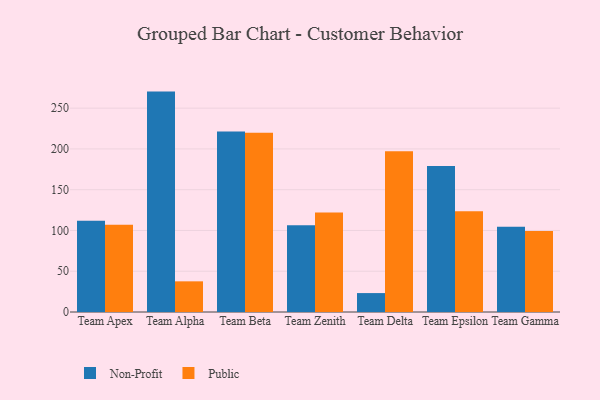
{"axis": {"x": "Team", "y": "Gross Profit (USD K)"}, "legend": ["Non-Profit", "Public"], "data": [{"x": "Team Apex", "y": 112.0, "type": "Non-Profit"}, {"x": "Team Apex", "y": 106.9, "type": "Public"}, {"x": "Team Alpha", "y": 270.3, "type": "Non-Profit"}, {"x": "Team Alpha", "y": 37.6, "type": "Public"}, {"x": "Team Beta", "y": 221.5, "type": "Non-Profit"}, {"x": "Team Beta", "y": 219.9, "type": "Public"}, {"x": "Team Zenith", "y": 106.5, "type": "Non-Profit"}, {"x": "Team Zenith", "y": 121.9, "type": "Public"}, {"x": "Team Delta", "y": 23.2, "type": "Non-Profit"}, {"x": "Team Delta", "y": 197.2, "type": "Public"}, {"x": "Team Epsilon", "y": 179.0, "type": "Non-Profit"}, {"x": "Team Epsilon", "y": 123.7, "type": "Public"}, {"x": "Team Gamma", "y": 104.4, "type": "Non-Profit"}, {"x": "Team Gamma", "y": 99.2, "type": "Public"}]}